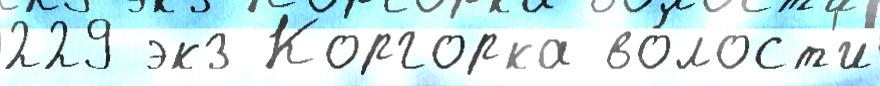
229 экз Коргорка во́лост'и